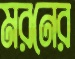
মরনের